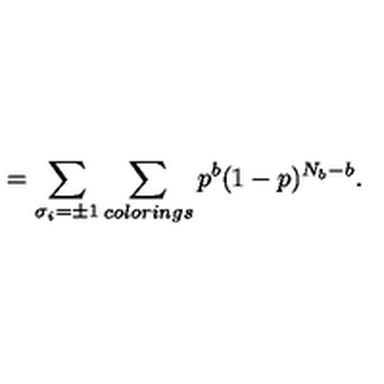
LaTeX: \protectZ = \sum _ { \sigma _ { i } = \pm 1 } \sum _ { c o l o r i n g s } p ^ { b } ( 1 - p ) ^ { N _ { b } - b } .